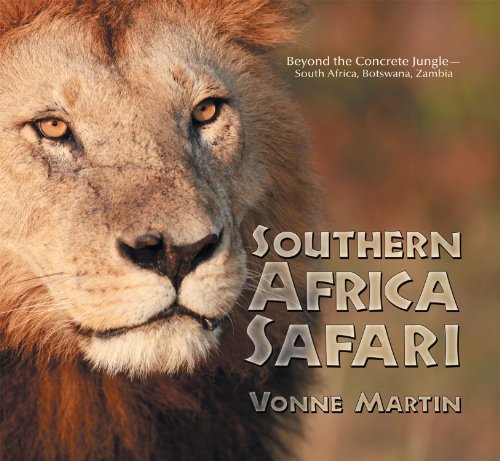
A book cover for Southern Africa Safari: Beyond the Concrete Jungle-South Africa, Botswana, Zambia; Vonne Martin; Travel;